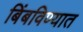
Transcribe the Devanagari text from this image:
बिंबविण्यात